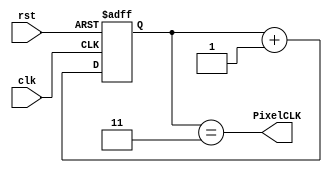
`timescale 1ns / 1ps
//////////////////////////////////////////////////////////////////////////////////
// Company: 
// Engineer: 
// 
// Design Name: 
// Module Name:    FreqDivisor 
// Project Name: 
// Target Devices: 
// Tool versions: 
// Description: 
//
// Dependencies: 
//
// Revision: 
// Revision 0.01 - File Created
// Additional Comments: 
//
//////////////////////////////////////////////////////////////////////////////////
module FreqDivisor(
    input clk,
	 input rst,
    output PixelCLK
    );

reg [1:0] count;
reg [1:0] countNext;

//Contador para el divisor de frecuencia
always @(posedge clk or posedge rst)
begin
	if(rst == 1) begin count[1:0] <= 0; end
	else begin count <= countNext; end
end

always @(count)
	countNext <= count + 1;

//Asigna el valor logico del clk de 25MHz
assign PixelCLK = (count[1:0] == 2'b11);

endmodule